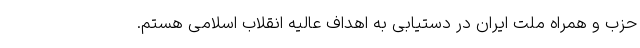
حزب و همراه ملت ایران در دستیابی به اهداف عالیه انقلاب اسلامی هستم.